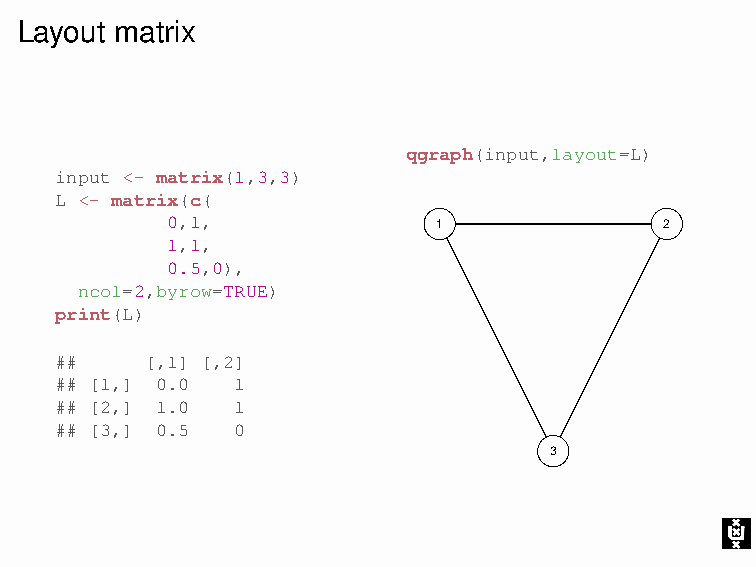
Layout matrix
 qgraph(input,layout=L)
 input <- matrix(1,3,3)
 L <- matrix(c(
 0,1,              1              2
 1,1,
 0.5,0),
 ncol=2,byrow=TRUE)
 print(L)
 ##    [,1] [,2]
 ## [1,] 0.0 1
 ## [2,] 1.0 1
 ## [3,] 0.5 0
 3